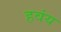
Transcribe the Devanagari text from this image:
हवंय